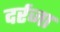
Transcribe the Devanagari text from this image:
दर्रजा